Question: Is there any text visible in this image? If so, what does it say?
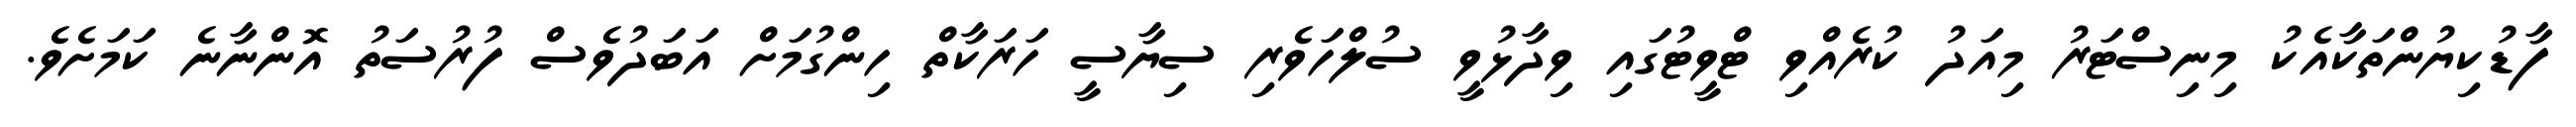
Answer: ފާޑުކިޔުންތަކާއެކު މިނިސްޓަރު މިއަދު ކުރެއްވި ޓްވީޓުގައި ވިދާޅުވީ ސުލްހަވެރި ސިޔާސީ ހަރަކާތް ހިންގުމަށް އަބަދުވެސް ފުރުސަތު އޮންނާނެ ކަމަށެވެ.